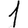
Digit: 1